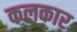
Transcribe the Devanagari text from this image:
कलकार